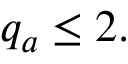
q _ { a } \le 2 .